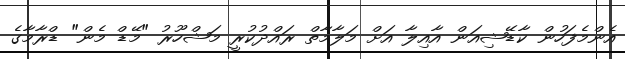
އެންމެފަހުން ކާޑޭޝިއަން އާއިލާ އަށް މަލާމާތް ރައްދުކުރީ މަޝްހޫރު "މޭޑް މެން" ޑްރާމާގެ